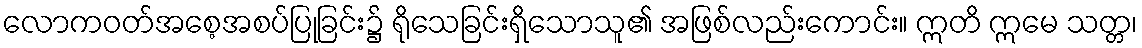
လောကဝတ်အစေ့အစပ်ပြုခြင်း၌ ရိုသေခြင်းရှိသောသူ၏ အဖြစ်လည်းကောင်း။ ဣတိ ဣမေ သတ္တ၊